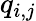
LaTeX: q_{i,j}